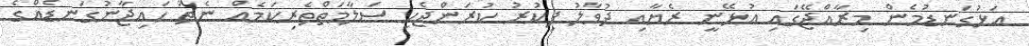
އަޅުގަނޑުމެން މިރާއްޖޭގައި އުޅޭނީ ރެޔާއި ދުވާލު ފިކުރު ކުރަންޖެހި ސަލާމަތްތެރިކަމެއް ނެތް ހައިޖާނުގަނޑެއްގެ